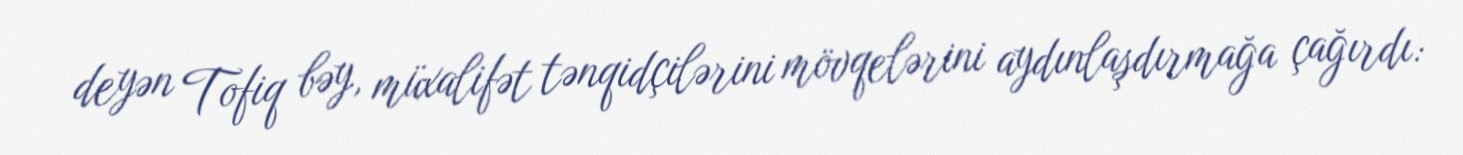
deyən Tofiq bəy, müxalifət tənqidçilərini mövqelərini aydınlaşdırmağa çağırdı: